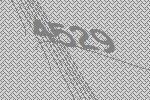
4529